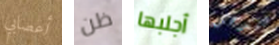
أعصابي ظن أجلبها لندخل